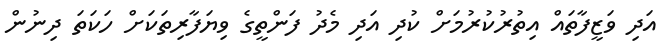
އަދި ވަޒީފާތައް އިތުރުކުރުމަށް ކުދި އަދި މެދު ފަންތީގެ ވިޔަފާރިތަކަށް ހަކަތަ ދިނުން